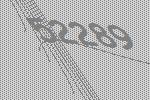
52289